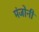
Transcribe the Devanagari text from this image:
मंजोनी